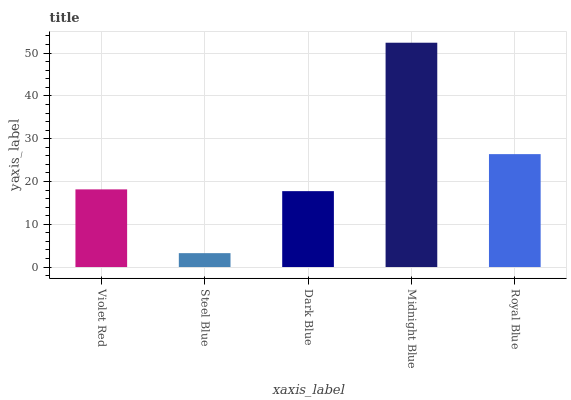
| xaxis_label | bars |
 | --- | --- |
 | Violet Red | 18.1 |
 | Steel Blue | 3.25 |
 | Dark Blue | 17.7 |
 | Midnight Blue | 52.4 |
 | Royal Blue | 26.4 |